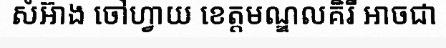
សំអ៊ាង ចៅហ្វាយ ខេត្តមណ្ឌលគិរី អាចជា